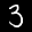
Label: 3